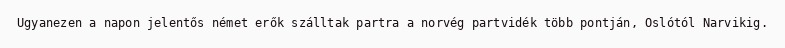
Ugyanezen a napon jelentős német erők szálltak partra a norvég partvidék több pontján, Oslótól Narvikig.